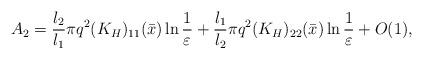
LaTeX: \begin{align*}A_2=\frac{l_2}{l_1}\pi q^2(K_{H})_{11}(\bar{x})\ln\frac{1}{\varepsilon}+\frac{l_1}{l_2}\pi q^2(K_{H})_{22}(\bar{x})\ln\frac{1}{\varepsilon}+O(1),\end{align*}